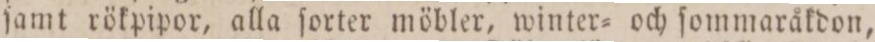
ſamt rökpipor, alla ſorter möbler, winter= och ſommaråkdon,